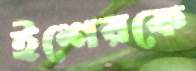
ইশেরকে